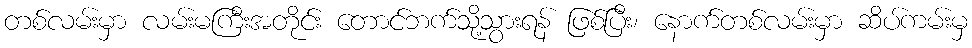
တစ်လမ်းမှာ လမ်းမကြီးအတိုင်း တောင်ဘက်သို့သွားရန် ဖြစ်ပြီး၊ နောက်တစ်လမ်းမှာ ဆိပ်ကမ်းမှ